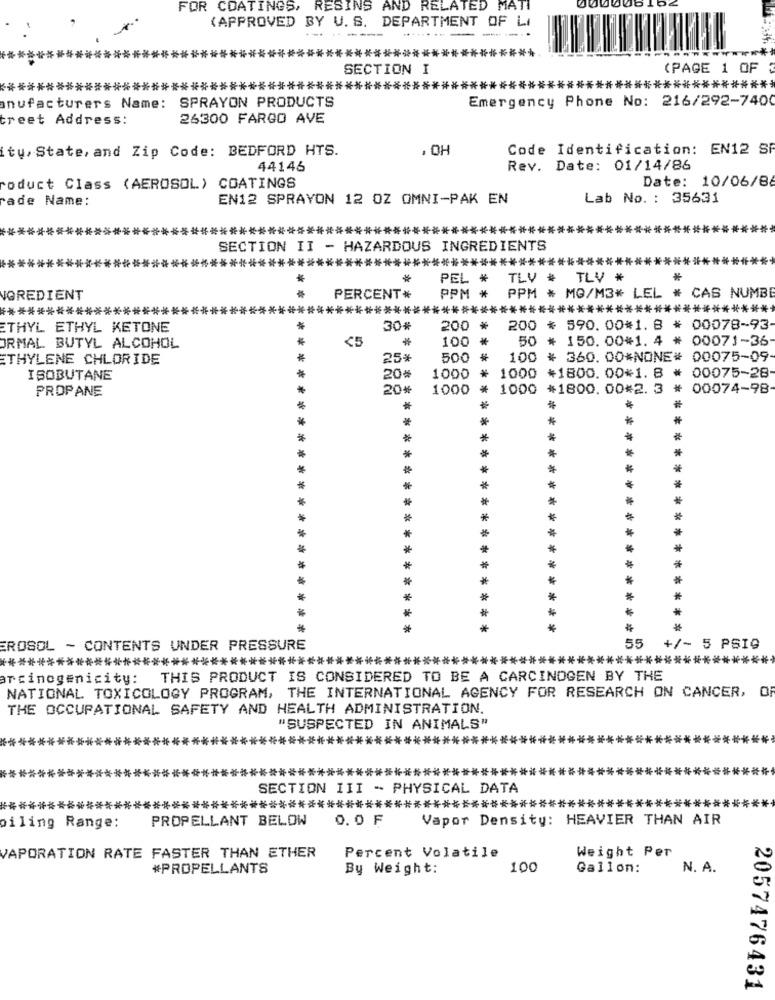
FOR COATINGS, RESINS AND RELATED
MATI
000008
(APPROVED BY U. S. DEPARTMENT OF LI
---
SECTION I
(PAGE 1 OF 3
*****
*****************************
****
************************
Emergency Phone No: 216/292-7400
nufacturers Name:
SPRAYON PRODUCTS
treet Address:
26300 FARGO AVE
ity, State, and Zip Code: BEDFORD HTS.
. OH
Code Identification: EN12 SP
44146
Rev. Date: 01/14/86
Date: 10/06/86
roduct Class (AEROSOL) COATINGS
rade Name:
EN12 SPRAYON 12 OZ OMNI-PAK EN
Lab No. : 35631
******************************
***
SECTION II - HAZARDOUS INGREDIENTS
***********************************
***************************
*
PEL *
TLV .
TLV *
*
VOREDIENT
PERCENT*
PPM *
PPM * MG/M3* LEL * CAS NUMBE
***********
**************
***
*****
*********************
ETHYL ETHYL KETONE
30%
200 *
200 * 590. 00*1. B * 00078-93
<5
100 *
50
* 150.00*1. 4 *
00071-36
ORMAL BUTYL ALCOHOL
ETHYLENE CHLORIDE
25*
500
#
100
* 360. 00*NONE# 00075-09-
ISOBUTANE
20%
1000
* 1000 *1800.00*1. 8 * 00075-28
PROPANE
20%
1000
* 1000 *1800. 00*2. 3
00074-98
*
*
*
*
*
* **
*
*
*
*
*
******
*
*
* *
*
*
*
************
*
*
*
*
*
*
*
EROSOL - CONTENTS UNDER PRESSURE
55
+/- 5 PSIG
***********************************
************
********
*******
****
arcinogenicity: THIS PRODUCT IS CONSIDERED TO BE A CARCINOGEN BY THE
NATIONAL TOXICOLOGY PROGRAM, THE INTERNATIONAL AGENCY FOR RESEARCH ON CANCER, OF
THE OCCUPATIONAL SAFETY AND HEALTH ADMINISTRATION.
"SUSPECTED IN ANIMALS"
*********
**************************************
*****************************************************************
SECTION III - PHYSICAL DATA
**************************************************************************
PROPELLANT BELOW
0.0 F
Vapor Density: HEAVIER THAN AIR
oiling Range:
Weight Per
VAPORATION RATE FASTER THAN ETHER
Percent Volatile
#PROPELLANTS
By Weight:
100
Gallon:
N. A.
2057476431